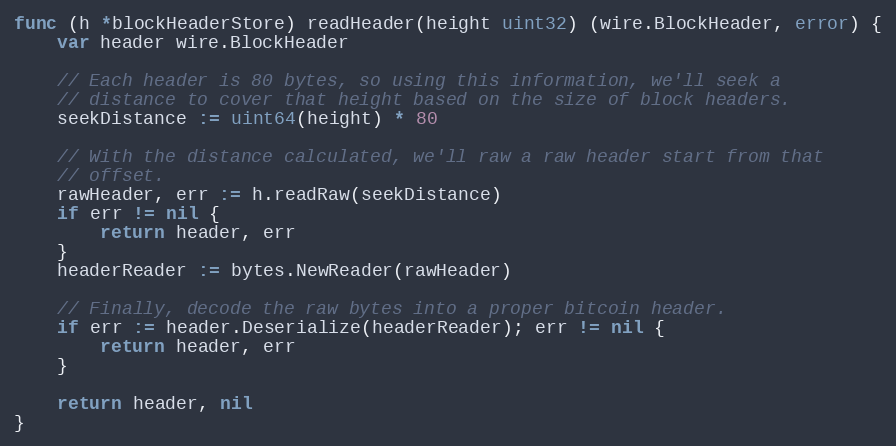
Language: Go
func (h *blockHeaderStore) readHeader(height uint32) (wire.BlockHeader, error) {
	var header wire.BlockHeader

	// Each header is 80 bytes, so using this information, we'll seek a
	// distance to cover that height based on the size of block headers.
	seekDistance := uint64(height) * 80

	// With the distance calculated, we'll raw a raw header start from that
	// offset.
	rawHeader, err := h.readRaw(seekDistance)
	if err != nil {
		return header, err
	}
	headerReader := bytes.NewReader(rawHeader)

	// Finally, decode the raw bytes into a proper bitcoin header.
	if err := header.Deserialize(headerReader); err != nil {
		return header, err
	}

	return header, nil
}